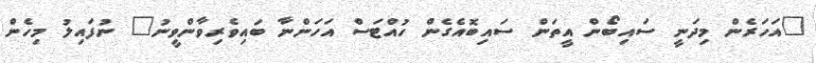
"އަހަރެން މިދަނީ ސައިބޯން އީތަން ސައިބޮއެގެން ހުއްޓަސް އަހަންނާ ބައިވެރިވާންވީނު" ނުފައިލު މިހެން